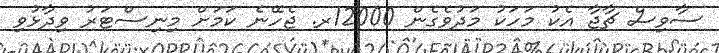
ސާވިސް ޗާޖާ އެކު މަހަކު މަދުވެގެން 12000ރ. ޖެހޭނެ ކަމަށް މިނިސްޓަރު ވިދާޅުވި